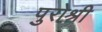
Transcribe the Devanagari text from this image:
पुरोश्री